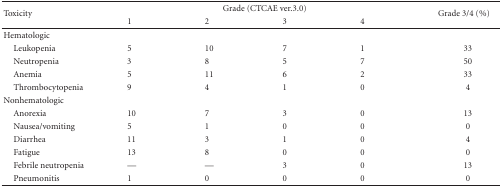
<table><thead><tr><td rowspan="2"><b>Toxicity</b></td><td colspan="4"><b>Grade (CTCAE ver.3.0)</b></td><td rowspan="2"><b>Grade 3/4 (%)</b></td></tr><tr><td><b>1</b></td><td><b>2</b></td><td><b>3</b></td><td><b>4</b></td></tr></thead><tbody><tr><td>Hematologic</td><td></td><td></td><td></td><td></td><td></td></tr><tr><td> Leukopenia</td><td>5</td><td>10</td><td>7</td><td>1</td><td>33</td></tr><tr><td> Neutropenia</td><td>3</td><td>8</td><td>5</td><td>7</td><td>50</td></tr><tr><td> Anemia</td><td>5</td><td>11</td><td>6</td><td>2</td><td>33</td></tr><tr><td> Thrombocytopenia</td><td>9</td><td>4</td><td>1</td><td>0</td><td> 4</td></tr><tr><td>Nonhematologic</td><td></td><td></td><td></td><td></td><td></td></tr><tr><td> Anorexia</td><td>10</td><td>7</td><td>3</td><td>0</td><td>13</td></tr><tr><td> Nausea/vomiting</td><td>5</td><td>1</td><td>0</td><td>0</td><td> 0</td></tr><tr><td> Diarrhea</td><td>11</td><td>3</td><td>1</td><td>0</td><td> 4</td></tr><tr><td> Fatigue</td><td>13</td><td>8</td><td>0</td><td>0</td><td>0</td></tr><tr><td> Febrile neutropenia</td><td>—</td><td>—</td><td>3</td><td>0</td><td>13</td></tr><tr><td> Pneumonitis</td><td>1</td><td>0</td><td>0</td><td>0</td><td> 0</td></tr></tbody></table>